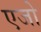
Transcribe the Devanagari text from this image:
एजो